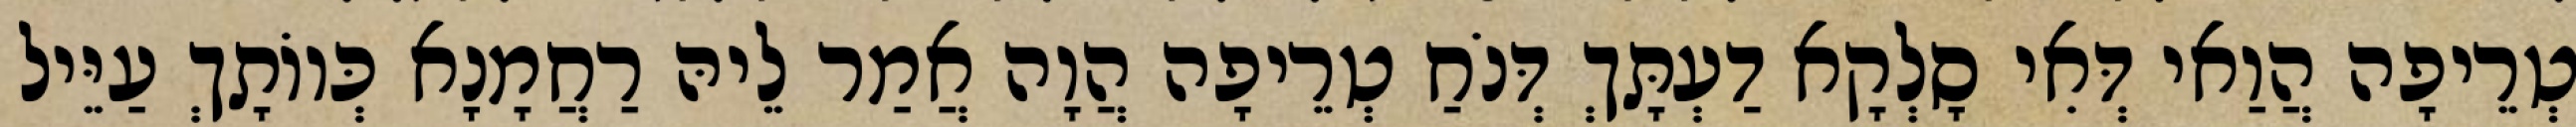
טְרֵיפָה הֲוַאי דְּאִי סָלְקָא דַעְתָּךְ דְּנֹחַ טְרֵיפָה הֲוָה אֲמַר לֵיהּ רַחֲמָנָא כְּווֹתָךְ עַיֵּיל